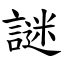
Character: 謎